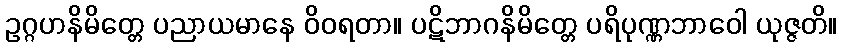
ဥဂ္ဂဟနိမိတ္တေ ပညာယမာနေ ဝိဝရတာ။ ပဋိဘာဂနိမိတ္တေ ပရိပုဏ္ဏဘာဝေါ ယုဇ္ဇတိ။